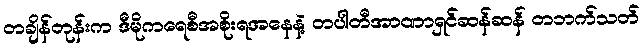
တချိန်တုန်းက ဒီမိုကရေစီအစိုးရအနေနဲ့ တပါတီအာဏာရှင်ဆန်ဆန် တဘက်သတ်